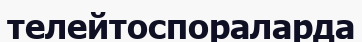
телейтоспораларда